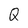
Character: Q